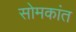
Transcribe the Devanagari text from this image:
सोमकांत